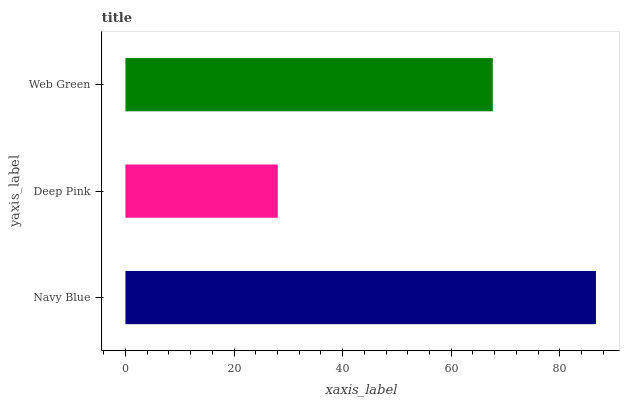
| yaxis_label | bars |
 | --- | --- |
 | Navy Blue | 86.7 |
 | Deep Pink | 28.1 |
 | Web Green | 67.6 |